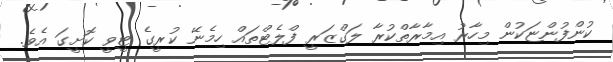
ކުންފުންޏަކުން މިހާރު އިމާރާތްކުރާ ލަގްޒަރީ ފްލެޓްތައް ހިމެނޭ ކުރީގެ ޓީވީ ކޮށީގަ އެވެ.